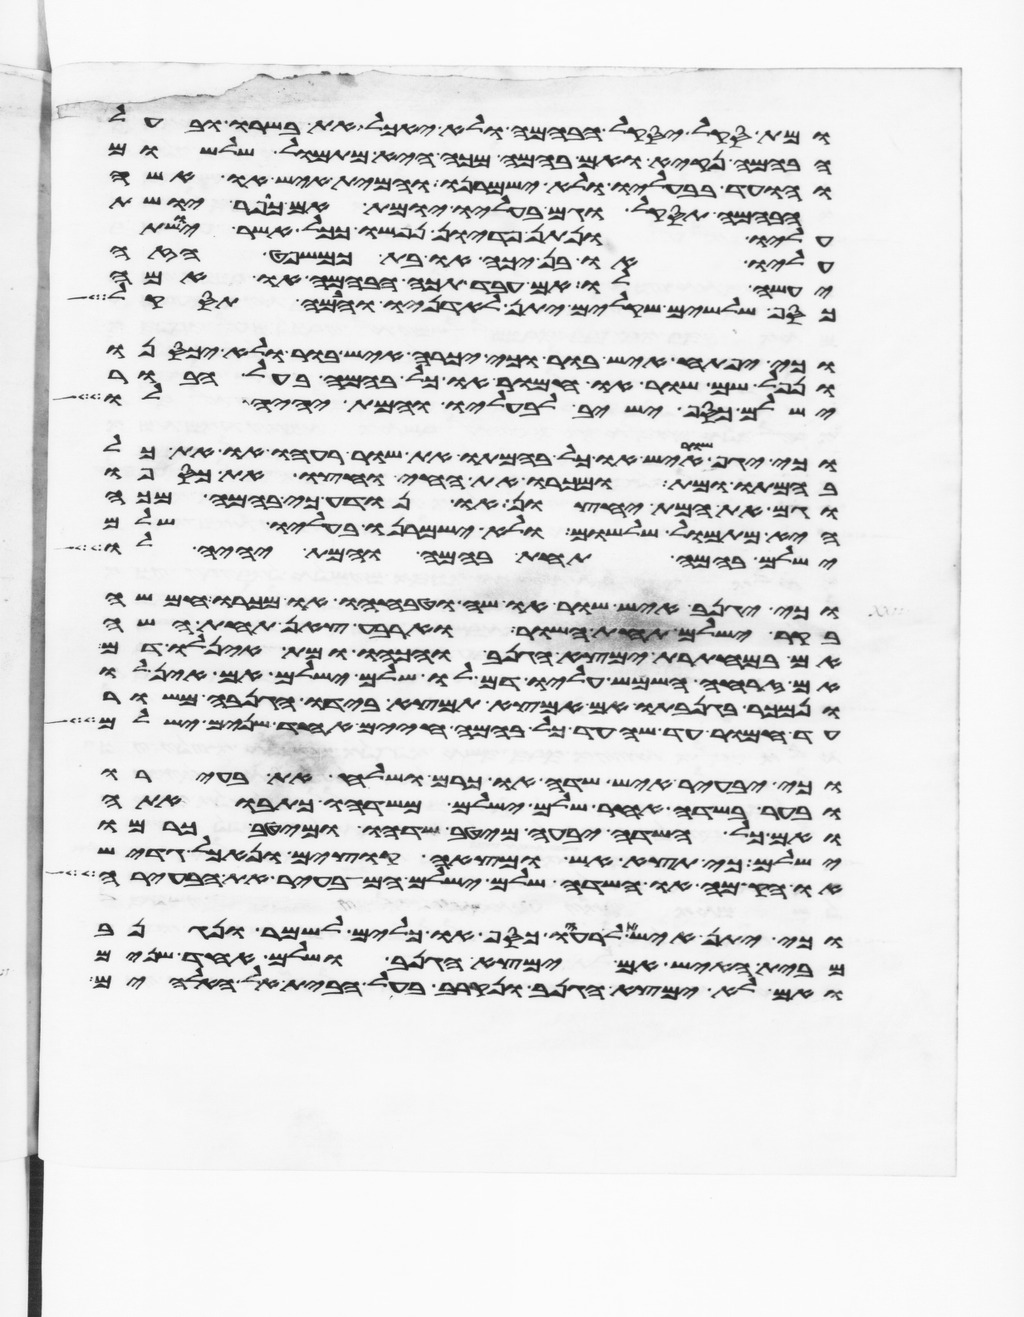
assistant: ומת סקל יסקל הבהמה ולא יאכל את בשרו ובעל
הבהמה נקיא ואם בהמה מכה היא מתמול שלשום
והועד בבעליו ולא ישמרנו והמית איש או אשה
הבהמה תסקל וגם בעליו יומת אם כופר יושת
עליו ונתן פדיון נפשו ככל אשר יושת
עליו או בן יכה או בת כמשפט הזה
יעשה לו אם עבד תכה הבהמה או אמה
כסף שלשים שקלים יתן לאדניו והבהמה תסקל
וכי יפתח איש בור או כי יכרה איש בור ולא יכסנו
ונפל שם שור או חמור או כל בהמה בעל הבור
ישלם כסף ישיב לבעליו והמת יהיה לו
וכי יגף שור איש או כל בהמתו את שור רעהו או את כל
בהמתו ומת ומכרו את החי וחצו את כספו
וגם את המת יחצון או נודע כי בהמה מכה
היא מתמול שלשום ולא ישמרנו בעליו שלם
ישלם בהמה תחת בהמה והמת יהיה לו
וכי יגנב איש שור או שה וטבחו או מכרו חמשה
בקר ישלם תחת השור וארבע צאן תחת השה
אם במחתרת ימצא הגנב והכהו ומת אין לו דם
אם זרחה השמש עליו דם לו שלם ישלם אם אין לו
ונמכר בגנבתו אם המצא תמצא בידו הגנבה משור
עד חמור עד שה עד כל בהמה חיים אחד שנים ישלם
וכי יבעיר איש שדה או כרם ושלח את בעירו
ובער בשדה אחר שלם ישלם משדהו כתבואתה
ואם כל השדה יבעה מיטב שדהו ומיטב כרמו
ישלם כי תצא אש ומצאה קוצים ונאכל גדיש
או הקמה או שדה שלם ישלם המבעיר את הבעירה
וכי יתן איש אל רעהו כסף או כלים לשמר ונגנב
מבית האיש אם ימצא הגנב ושלם אחד שנים
ואם לא ימצא הגנב ונקרב בעל הבית אל האלהים